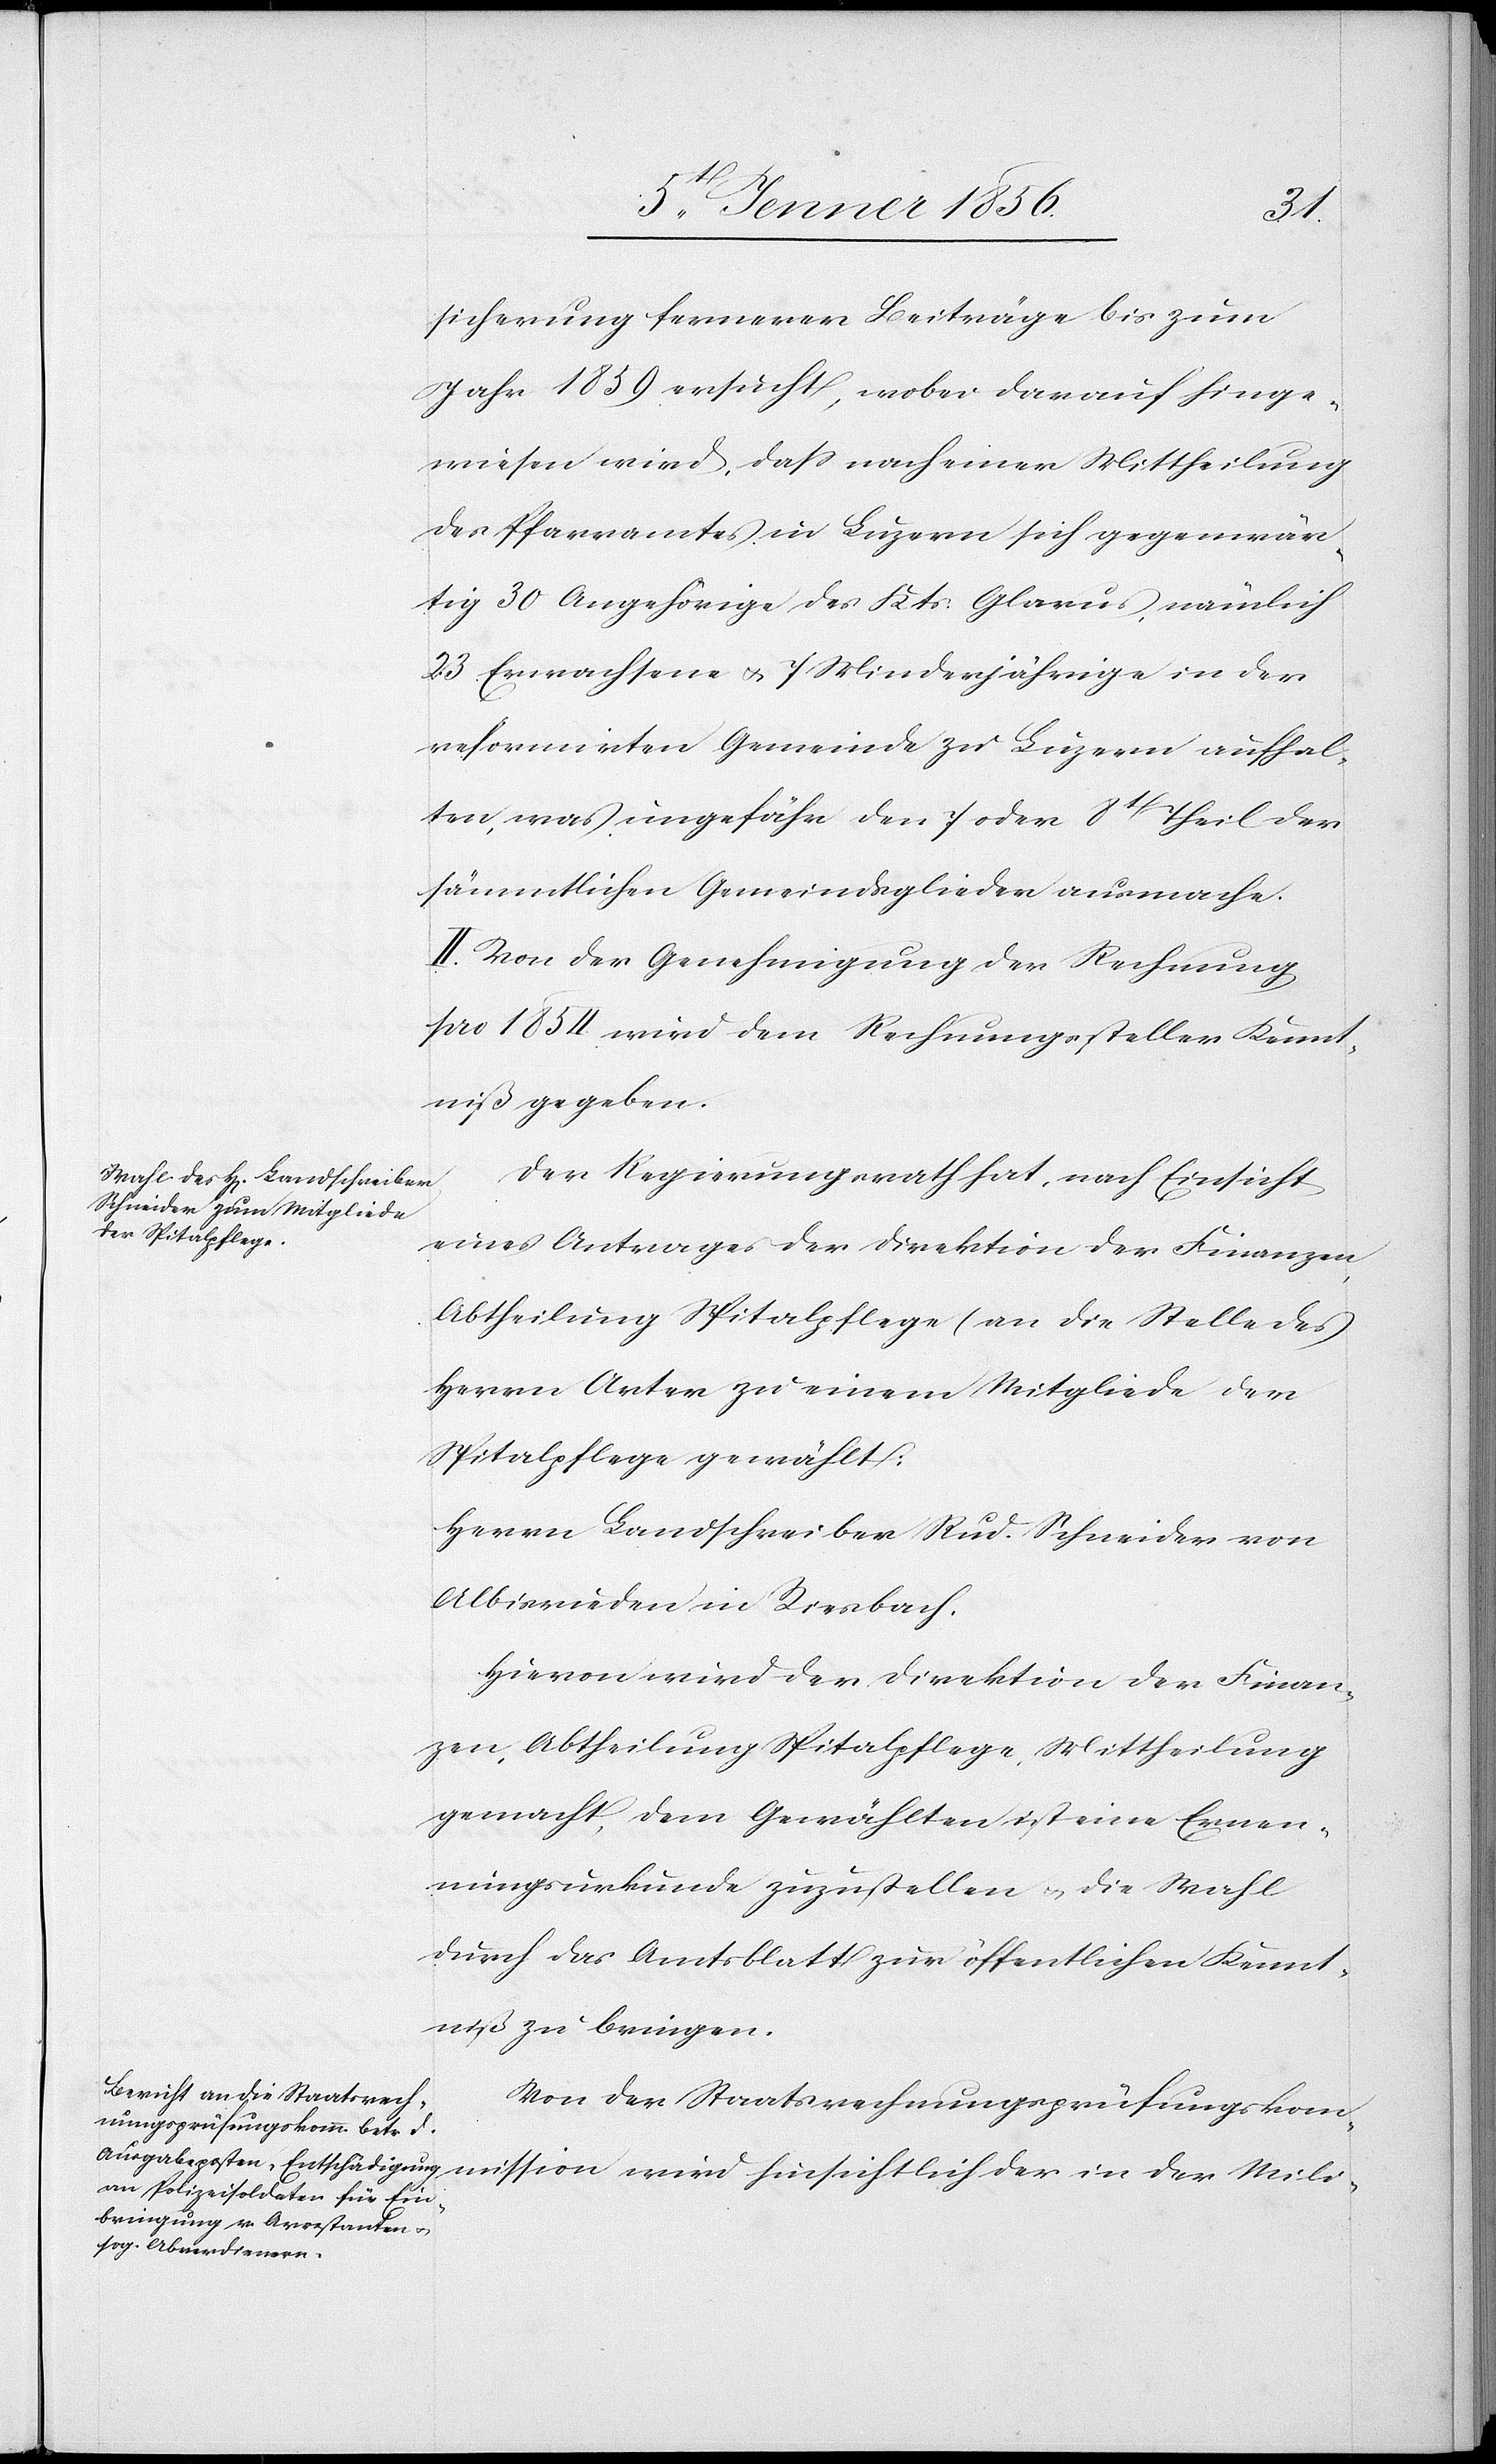
sicherung fernerer Beiträge bis zum
Jahr 1859 ersucht, wobei darauf hinge¬
wiesen wird, dass nach einer Mittheilung
des Pfarramtes in Luzern sich gegenwär¬
tig 30 Angehörige des Kts. Glarus, nämlich
23 Erwachsene u. 7 Minderjährige in der
reformirten Gemeinde zu Luzern aufhal¬
ten, was ungefähr den 7 oder 8t Theil der
sämmtlichen Gemeindsglieder ausmache.
II. Von der Genehmigung der Rechnung
pro 1854 wird dem Rechnungssteller Kennt¬
niß gegeben.
Der Regierungsrath hat, nach Einsicht
eines Antrages der Direktion der Finanzen,
Abtheilung Spitalpflege (an die Stelle des
Herrn Arter [)] zu einem Mitgliede der
Spitalpflege gewählt:
Herrn Landschreiber Rud. Schneider von
Albisrieden in Riesbach.
Hievon wird der Direktion der Finan¬
zen, Abtheilung Spitalpflege, Mittheilung
gemacht, dem Gewählten ist eine Ernen¬
nungsurkunde zuzustellen u. die Wahl
durch das Amtsblatt zur öffentlichen Kennt¬
niß zu bringen.